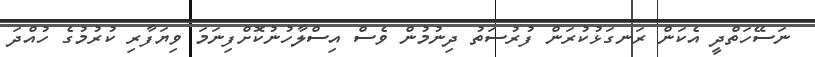
ނަސޭހަތްދީ އެކަން ރަނގަޅުކުރަން ފުރުސަތު ދިނުމުން ވެސް އިސްލާހުނުކޮށްފިނަމަ ވިޔަފާރި ކުރުމުގެ ހުއްދަ